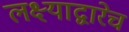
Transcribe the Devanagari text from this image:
लक्ष्याद्वारेच